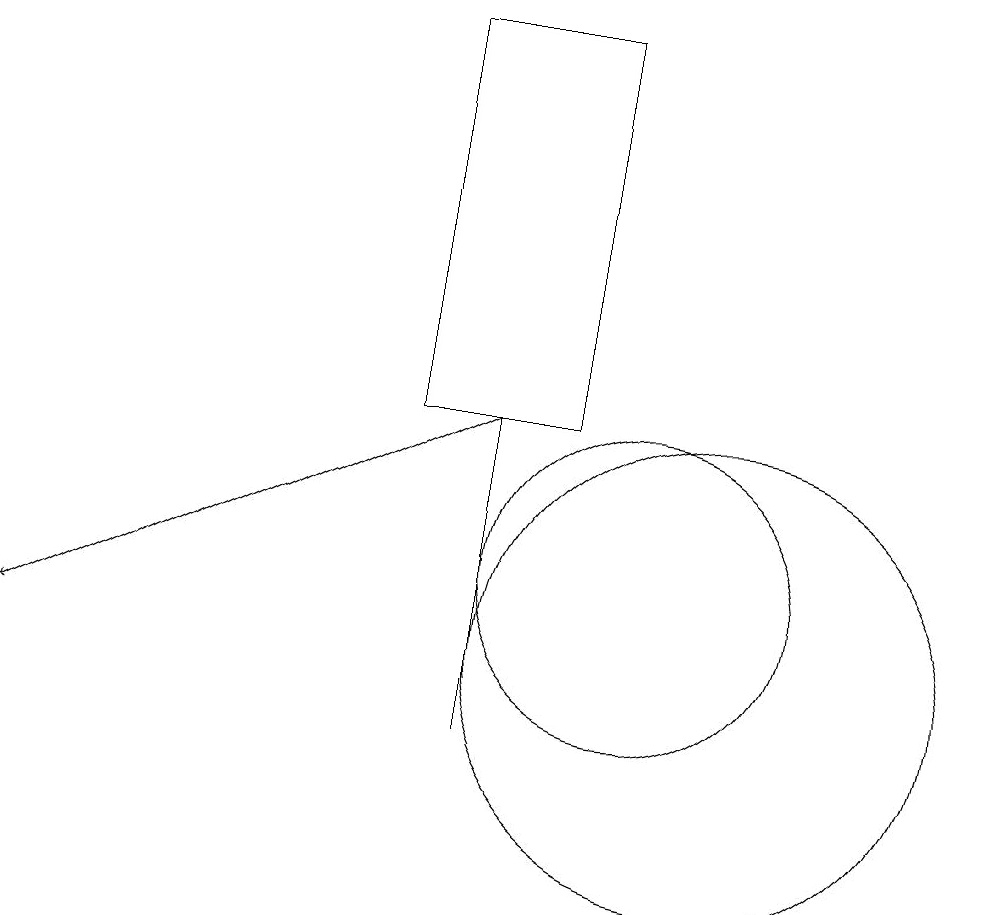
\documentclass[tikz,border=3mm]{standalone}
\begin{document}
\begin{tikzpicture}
\draw (11,11) circle (3);
\draw (8,14) rectangle (8,10);
\draw (10,12) circle (2);
\draw (9,19) rectangle (7,14);
\draw (12,10) circle (0);
\draw[->] (8,14) -- (2,11);
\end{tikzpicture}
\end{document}